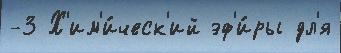
-3 Х'им'и́ческ'ий эф'и́ры дл'я